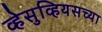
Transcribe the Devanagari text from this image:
व्हेसुव्हियसच्या